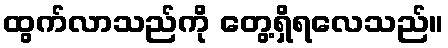
ထွက်လာသည်ကို တွေ့ရှိရလေသည်။